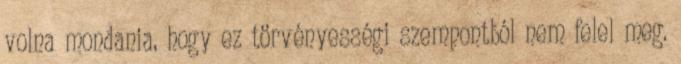
volna mondania, hogy ez törvényességi szempontból nem felel meg.